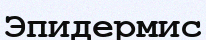
Эпидермис